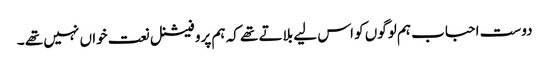
دوست احباب ہم لوگوں کو اس لیے بلاتے تھے کہ ہم پروفیشنل نعت خواں نہیں تھے ۔